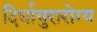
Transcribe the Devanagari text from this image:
दिर्घायुरारोग्य